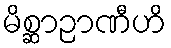
မိစ္ဆာဉာဏီဟိ